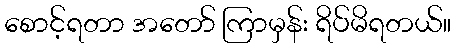
စောင့်ရတာ အတော် ကြာမှန်း ရိပ်မိရတယ်။